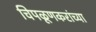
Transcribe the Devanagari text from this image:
चिपळूणकरांच्या